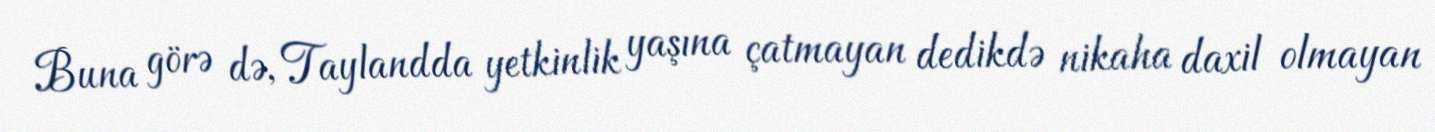
Buna görə də, Taylandda yetkinlik yaşına çatmayan dedikdə nikaha daxil olmayan